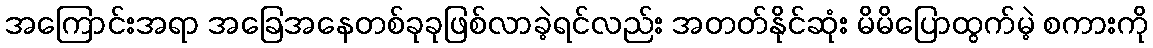
အကြောင်းအရာ အခြေအနေတစ်ခုခုဖြစ်လာခဲ့ရင်လည်း အတတ်နိုင်ဆုံး မိမိပြောထွက်မဲ့ စကားကို